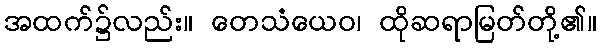
အထက်၌လည်း။ တေသံယေဝ၊ ထိုဆရာမြတ်တို့၏။